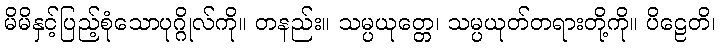
မိမိနှင့်ပြည့်စုံသောပုဂ္ဂိုလ်ကို။ တနည်း။ သမ္ပယုတ္တေ၊ သမ္ပယုတ်တရားတို့ကို။ ပိဠေတိ၊